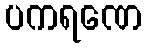
ပကရဏေ